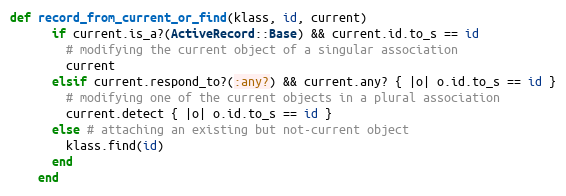
Language: Ruby
def record_from_current_or_find(klass, id, current)
      if current.is_a?(ActiveRecord::Base) && current.id.to_s == id
        # modifying the current object of a singular association
        current
      elsif current.respond_to?(:any?) && current.any? { |o| o.id.to_s == id }
        # modifying one of the current objects in a plural association
        current.detect { |o| o.id.to_s == id }
      else # attaching an existing but not-current object
        klass.find(id)
      end
    end